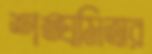
শঙ্ঘমিত্রার